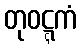
တုဝဋ္ဋကံ